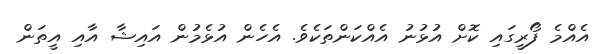
އެއްމެ ފޯރީގައި ކޮށް އުޅުނު އެއްކަންތަކެވެ. އެހެެން އުޅެމުން އައިޝާ އާއި އީތަން